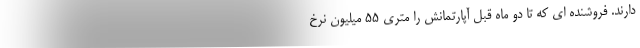
دارند. فروشنده ای که تا دو ماه قبل آپارتمانش را متری ۵۵ میلیون نرخ